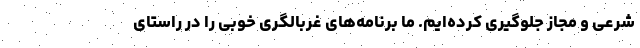
شرعی و مجاز جلوگیری کرده‌ایم. ما برنامه‌های غربالگری خوبی را در راستای